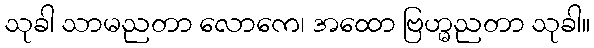
သုခါ သာမညတာ လောကေ၊ အထော ဗြဟ္မညတာ သုခါ။